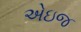
એઇજ